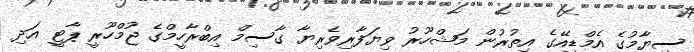
ސިޔާމުގެ އެމްޑީއޭގެ އިތުރުން މަޝްހޫރު ވިޔަފާރިވެރިޔާ ގާސިމް އިބްރާހީމްގެ ޖުމްހޫރީ ޕާޓީ އަދި